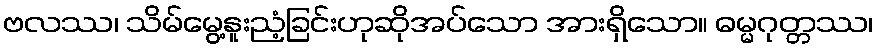
ဗလဿ၊ သိမ်မွေ့နူးညံ့ခြင်းဟုဆိုအပ်သော အားရှိသော။ ဓမ္မဂုတ္တဿ၊